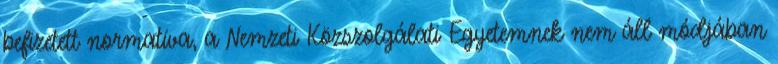
befizetett normatíva, a Nemzeti Közszolgálati Egyetemnek nem áll módjában